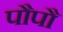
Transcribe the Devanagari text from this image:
पौपौ